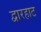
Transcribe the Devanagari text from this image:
द्वारहाट